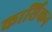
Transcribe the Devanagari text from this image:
कार्सिकन